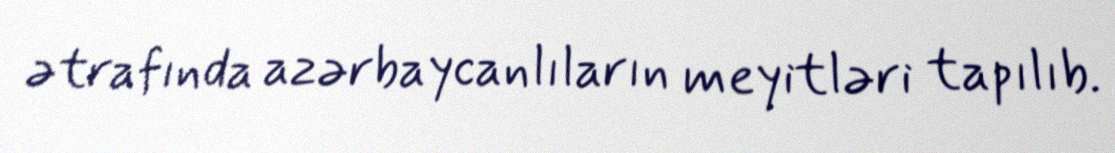
ətrafında azərbaycanlıların meyitləri tapılıb.